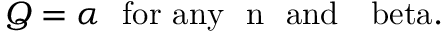
\begin{array} { r } { Q = \alpha ~ ~ \mathrm { { f o r ~ a n y } ~ ~ n ~ ~ \mathrm { { a n d } ~ ~ \ b e t a . } } } \end{array}